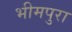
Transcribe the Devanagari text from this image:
भीमपुरा